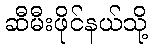
ဆီမီးဖိုင်နယ်သို့